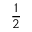
\frac 1 2